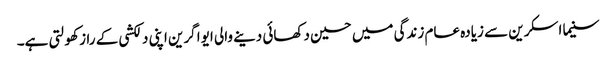
سنیما اسکرین سے زیادہ عام زندگی میں حسین دکھائی دینے والی ایوا گرین اپنی دلکشی کے راز کھولتی ہے۔